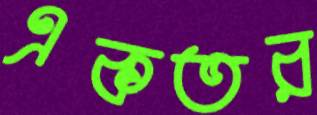
একতর